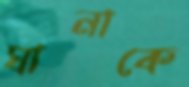
ঘানাকে